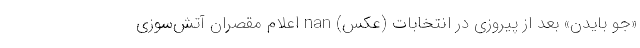
«جو بایدن» بعد از پیروزی در انتخابات (عکس) nan اعلام مقصران آتش‌سوزی